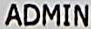
ADMIN